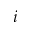
i